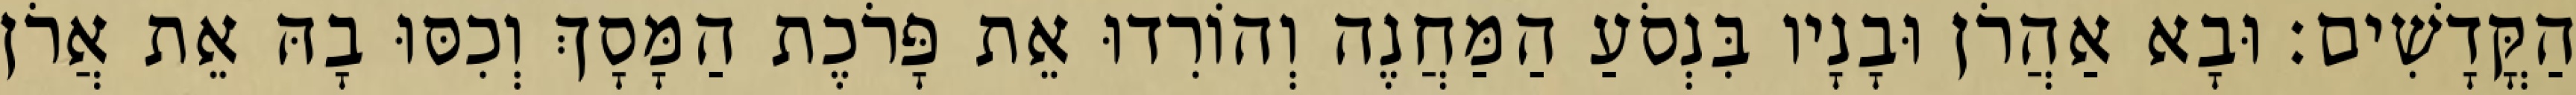
הַקֳּדָשִׁים׃ וּבָא אַהֲרֹן וּבָנָיו בִּנְסֹעַ הַמַּחֲנֶה וְהוֹרִדוּ אֵת פָּרֹכֶת הַמָּסָךְ וְכִסּוּ בָהּ אֵת אֲרֹן